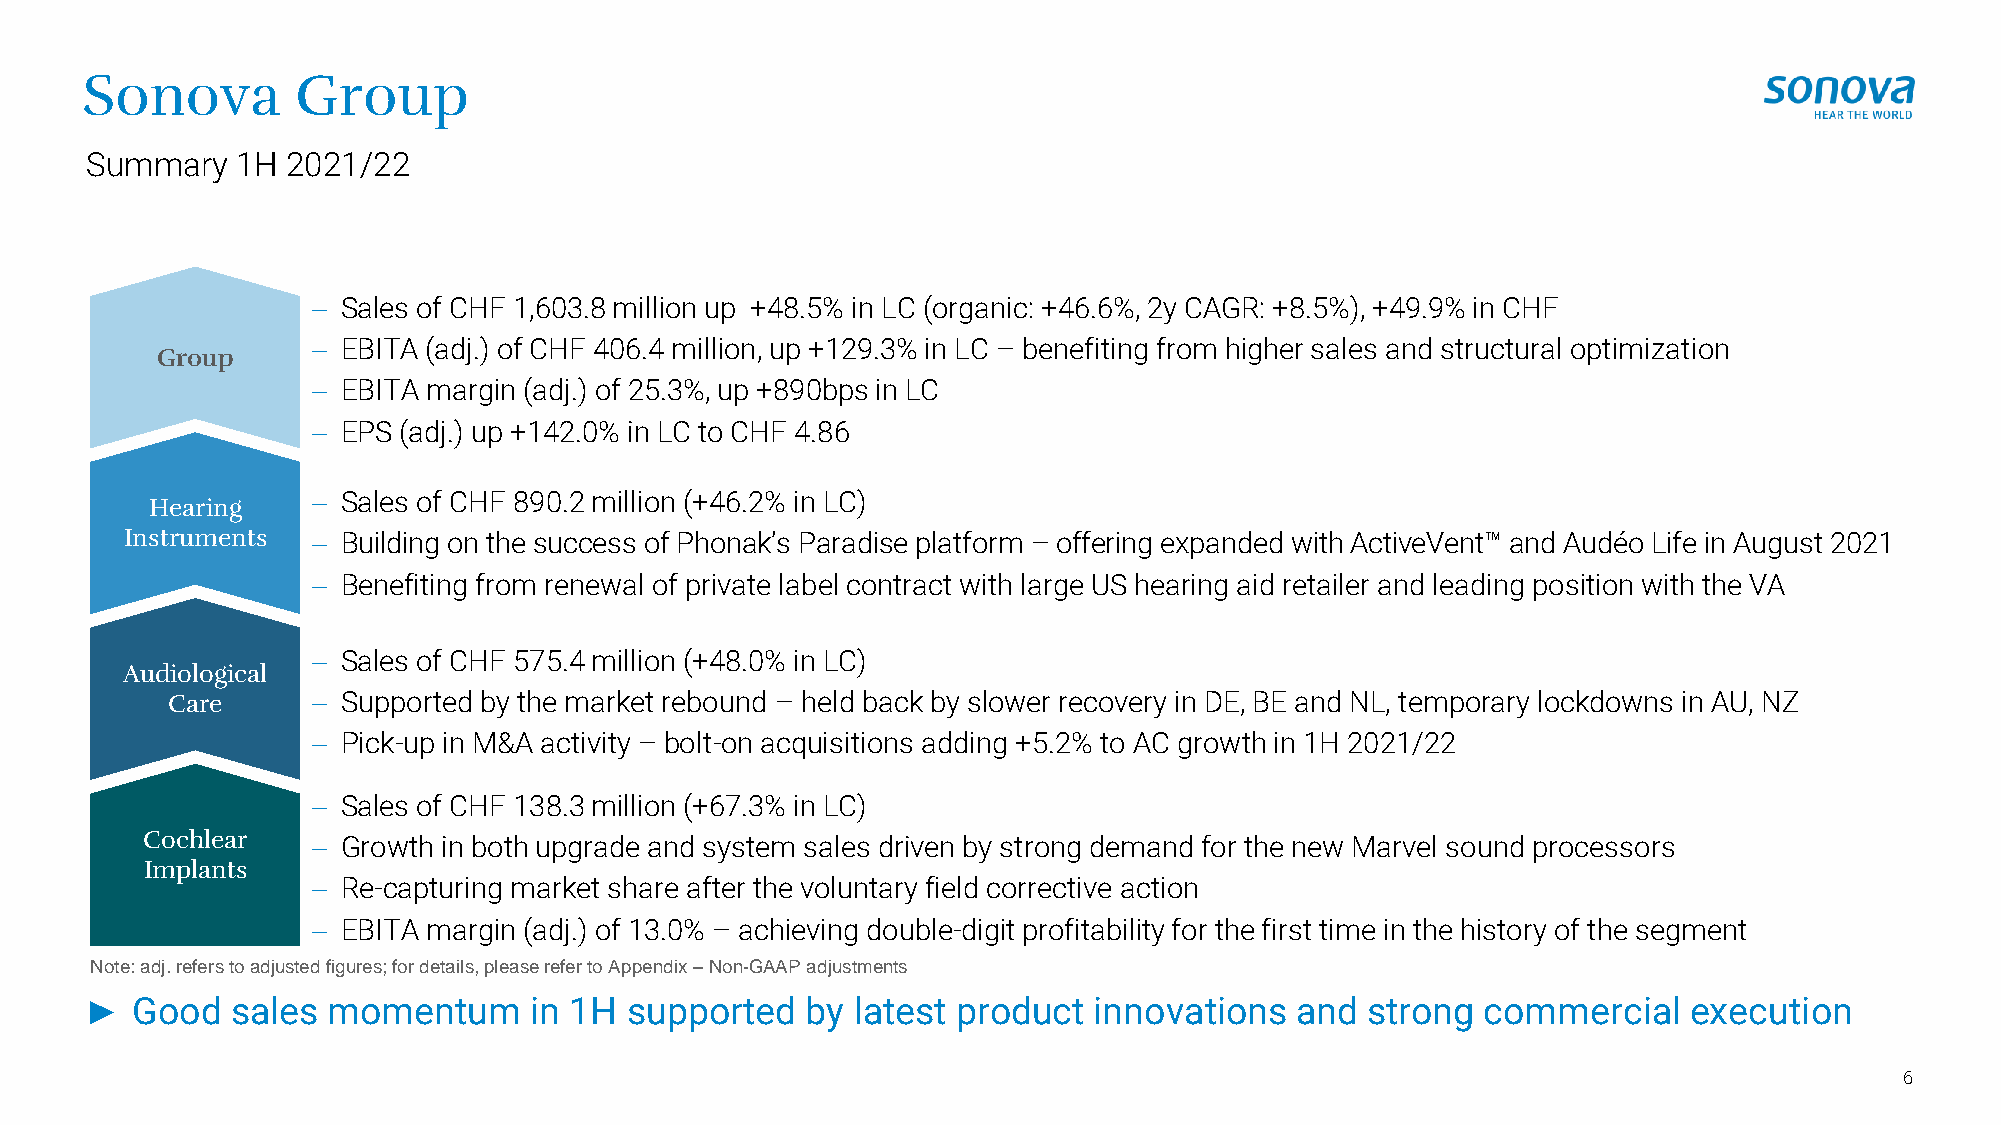
Sonova         Group
 Summary   1H 2021/22
 − Sales of CHF 1,603.8 million up +48.5% in LC (organic: +46.6%, 2y CAGR: +8.5%), +49.9% in CHF
 − EBITA (adj.) of CHF 406.4 million, up +129.3% in LC – benefiting from higher sales and structural optimization
 Group
 − EBITA margin (adj.) of 25.3%, up +890bps in LC
 − EPS (adj.) up +142.0% in LC to CHF 4.86
 − Sales of CHF 890.2 million (+46.2% in LC)
 Hearing
 Instruments  − Building on the success of Phonak’s Paradise platform – offering expanded with ActiveVent™ and Audéo Life in August 2021
 − Benefiting from renewal of private label contract with large US hearing aid retailer and leading position with the VA
 − Sales of CHF 575.4 million (+48.0% in LC)
 Audiological
 Care      − Supported by the market rebound – held back by slower recovery in DE, BE and NL, temporary lockdowns in AU, NZ
 − Pick-up in M&A activity – bolt-on acquisitions adding +5.2% to AC growth in 1H 2021/22
 − Sales of CHF 138.3 million (+67.3% in LC)
 Cochlear    − Growth in both upgrade and system sales driven by strong demand for the new Marvel sound processors
 Implants
 − Re-capturing market share after the voluntary field corrective action
 − EBITA margin (adj.) of 13.0% – achieving double-digit profitability for the first time in the history of the segment
 Note: adj. refers to adjusted figures; for details, please refer to Appendix –Non-GAAP adjustments
 ►  Good  sales  momentum     in 1H supported   by latest product  innovations   and strong  commercial    execution
 6